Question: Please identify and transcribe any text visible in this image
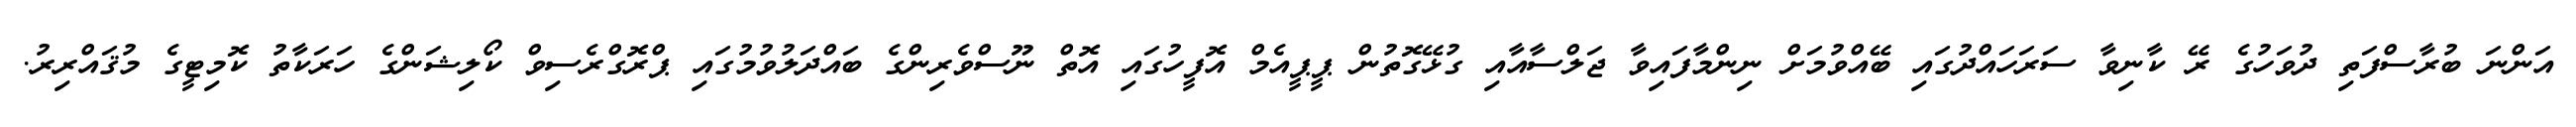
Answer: އަންނަ ބުރާސްފަތި ދުވަހުގެ ރޭ ކާނިވާ ސަރަހައްދުގައި ބޭއްވުމަށް ނިންމާފައިވާ ޖަލްސާއާއި ގުޅޭގޮތުން ޕީޕީއެމް އޮފީހުގައި އޮތް ނޫސްވެރިންގެ ބައްދަލުވުމުގައި ޕްރޮގްރެސިވް ކޯލިޝަންގެ ހަރަކާތު ކޮމިޓީގެ މުޤައްރިރު.